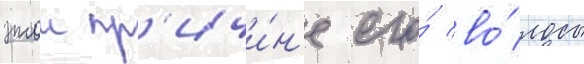
этои пр'ичи́н'е его́ во́лосы